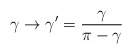
\begin{align*} \gamma \to \gamma' =\frac{\gamma} {\pi - \gamma}\end{align*}